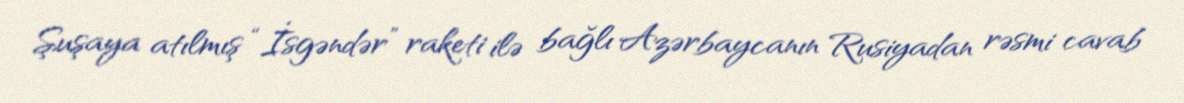
Şuşaya atılmış “İsgəndər” raketi ilə bağlı Azərbaycanın Rusiyadan rəsmi cavab